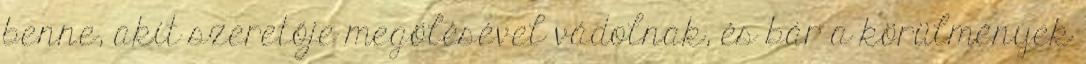
benne, akit szeretője megölésével vádolnak, és bár a körülmények